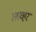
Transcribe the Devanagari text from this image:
लाव्हर